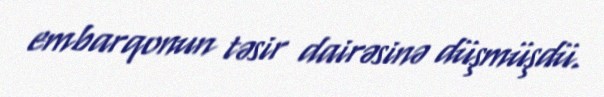
embarqonun təsir dairəsinə düşmüşdü.